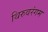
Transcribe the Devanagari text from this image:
थिरुवरंगम